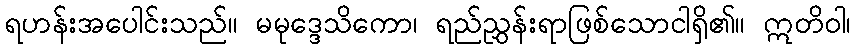
ရဟန်းအပေါင်းသည်။ မမုဒ္ဒေသိကော၊ ရည်ညွှန်းရာဖြစ်သောငါရှိ၏။ ဣတိဝါ၊